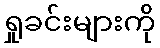
ရှုခင်းများကို